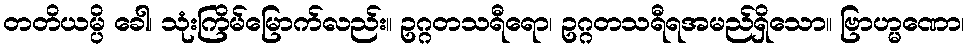
တတိယမ္ပိ ခေါ၊ သုံးကြိမ်မြောက်လည်း။ ဥဂ္ဂတသရီရော၊ ဥဂ္ဂတသရီရအမည်ရှိသော။ ဗြာဟ္မဏော၊